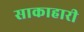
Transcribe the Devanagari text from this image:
साकाहारी